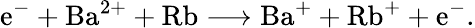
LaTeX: \mathrm{e}^{-}+\mathrm{{Ba}}^{2+}+\mathrm{{Rb}}\longrightarrow\mathrm{{Ba}}^{+}+\mathrm{{Rb}}^{+}+\mathrm{e}^{-}.